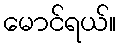
မောင်ရယ်။